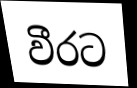
වීරට